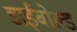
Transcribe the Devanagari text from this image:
डाईबोल्ड